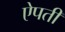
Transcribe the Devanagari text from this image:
ऐपती